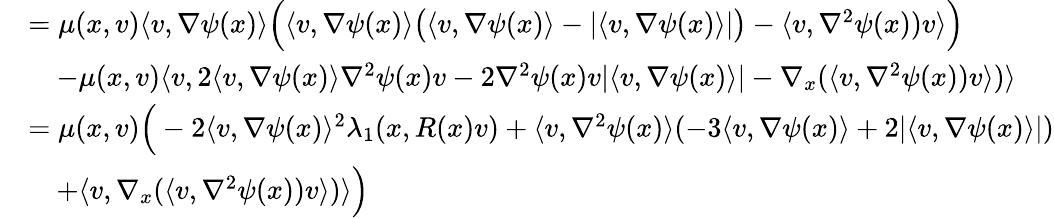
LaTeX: \begin{array}{rl}&{=\mu(x,v)\langle v,\nabla\psi(x)\rangle\Big(\langle v,\nabla\psi(x)\rangle\big(\langle v,\nabla\psi(x)\rangle-\lvert\langle v,\nabla\psi(x)\rangle\rvert\big)-\langle v,\nabla^{2}\psi(x))v\rangle\Big)}\\ &{\quad-\mu(x,v)\langle v,2\langle v,\nabla\psi(x)\rangle\nabla^{2}\psi(x)v-2\nabla^{2}\psi(x)v\lvert\langle v,\nabla\psi(x)\rangle\rvert-\nabla_{x}(\langle v,\nabla^{2}\psi(x))v\rangle)\rangle}\\ &{=\mu(x,v)\Big(-2\langle v,\nabla\psi(x)\rangle^{2}\lambda_{1}(x,R(x)v)+\langle v,\nabla^{2}\psi(x)\rangle(-3\langle v,\nabla\psi(x)\rangle+2\lvert\langle v,\nabla\psi(x)\rangle\rvert)}\\ &{\quad+\langle v,\nabla_{x}(\langle v,\nabla^{2}\psi(x))v\rangle)\rangle\Big)}\end{array}